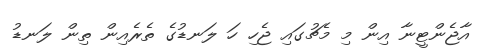
އާޖެންޓީނާ އިން މި މެޗުގައި ޖެހި ހަ ލަނޑުގެ ތެރެއިން ތިން ލަނޑު